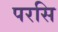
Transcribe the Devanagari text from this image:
परसि